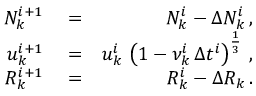
\begin{array} { r l r } { N _ { k } ^ { i + 1 } } & { { } = } & { N _ { k } ^ { i } - \Delta N _ { k } ^ { i } \, , } \\ { u _ { k } ^ { i + 1 } } & { { } = } & { u _ { k } ^ { i } \, \left( 1 - \nu _ { k } ^ { i } \, \Delta t ^ { i } \right) ^ { \frac { 1 } { 3 } } \, , } \\ { R _ { k } ^ { i + 1 } } & { { } = } & { R _ { k } ^ { i } - \Delta R _ { k } \, . } \end{array}